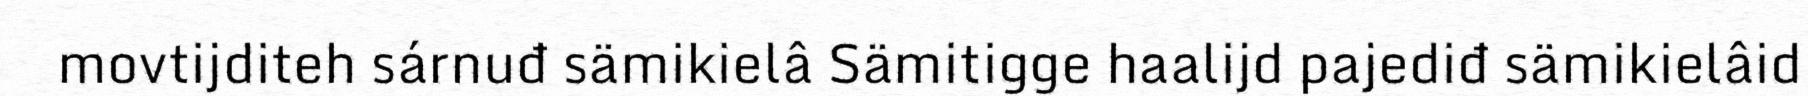
movtijditeh sárnuđ sämikielâ Sämitigge haalijd pajediđ sämikielâid